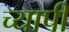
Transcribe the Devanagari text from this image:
च्यापी